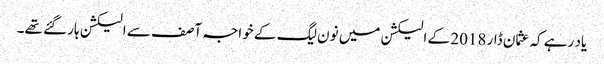
یاد رہے کہ عثمان ڈار 2018 کے الیکشن میں نون لیگ کے خواجہ آصف سے الیکشن ہار گئے تھے۔